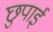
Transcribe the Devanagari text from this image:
छुपाई